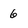
Character: 6